65_HS1-834228961_62-HQ-83894_Section_8
Agency: FBI
Page 12
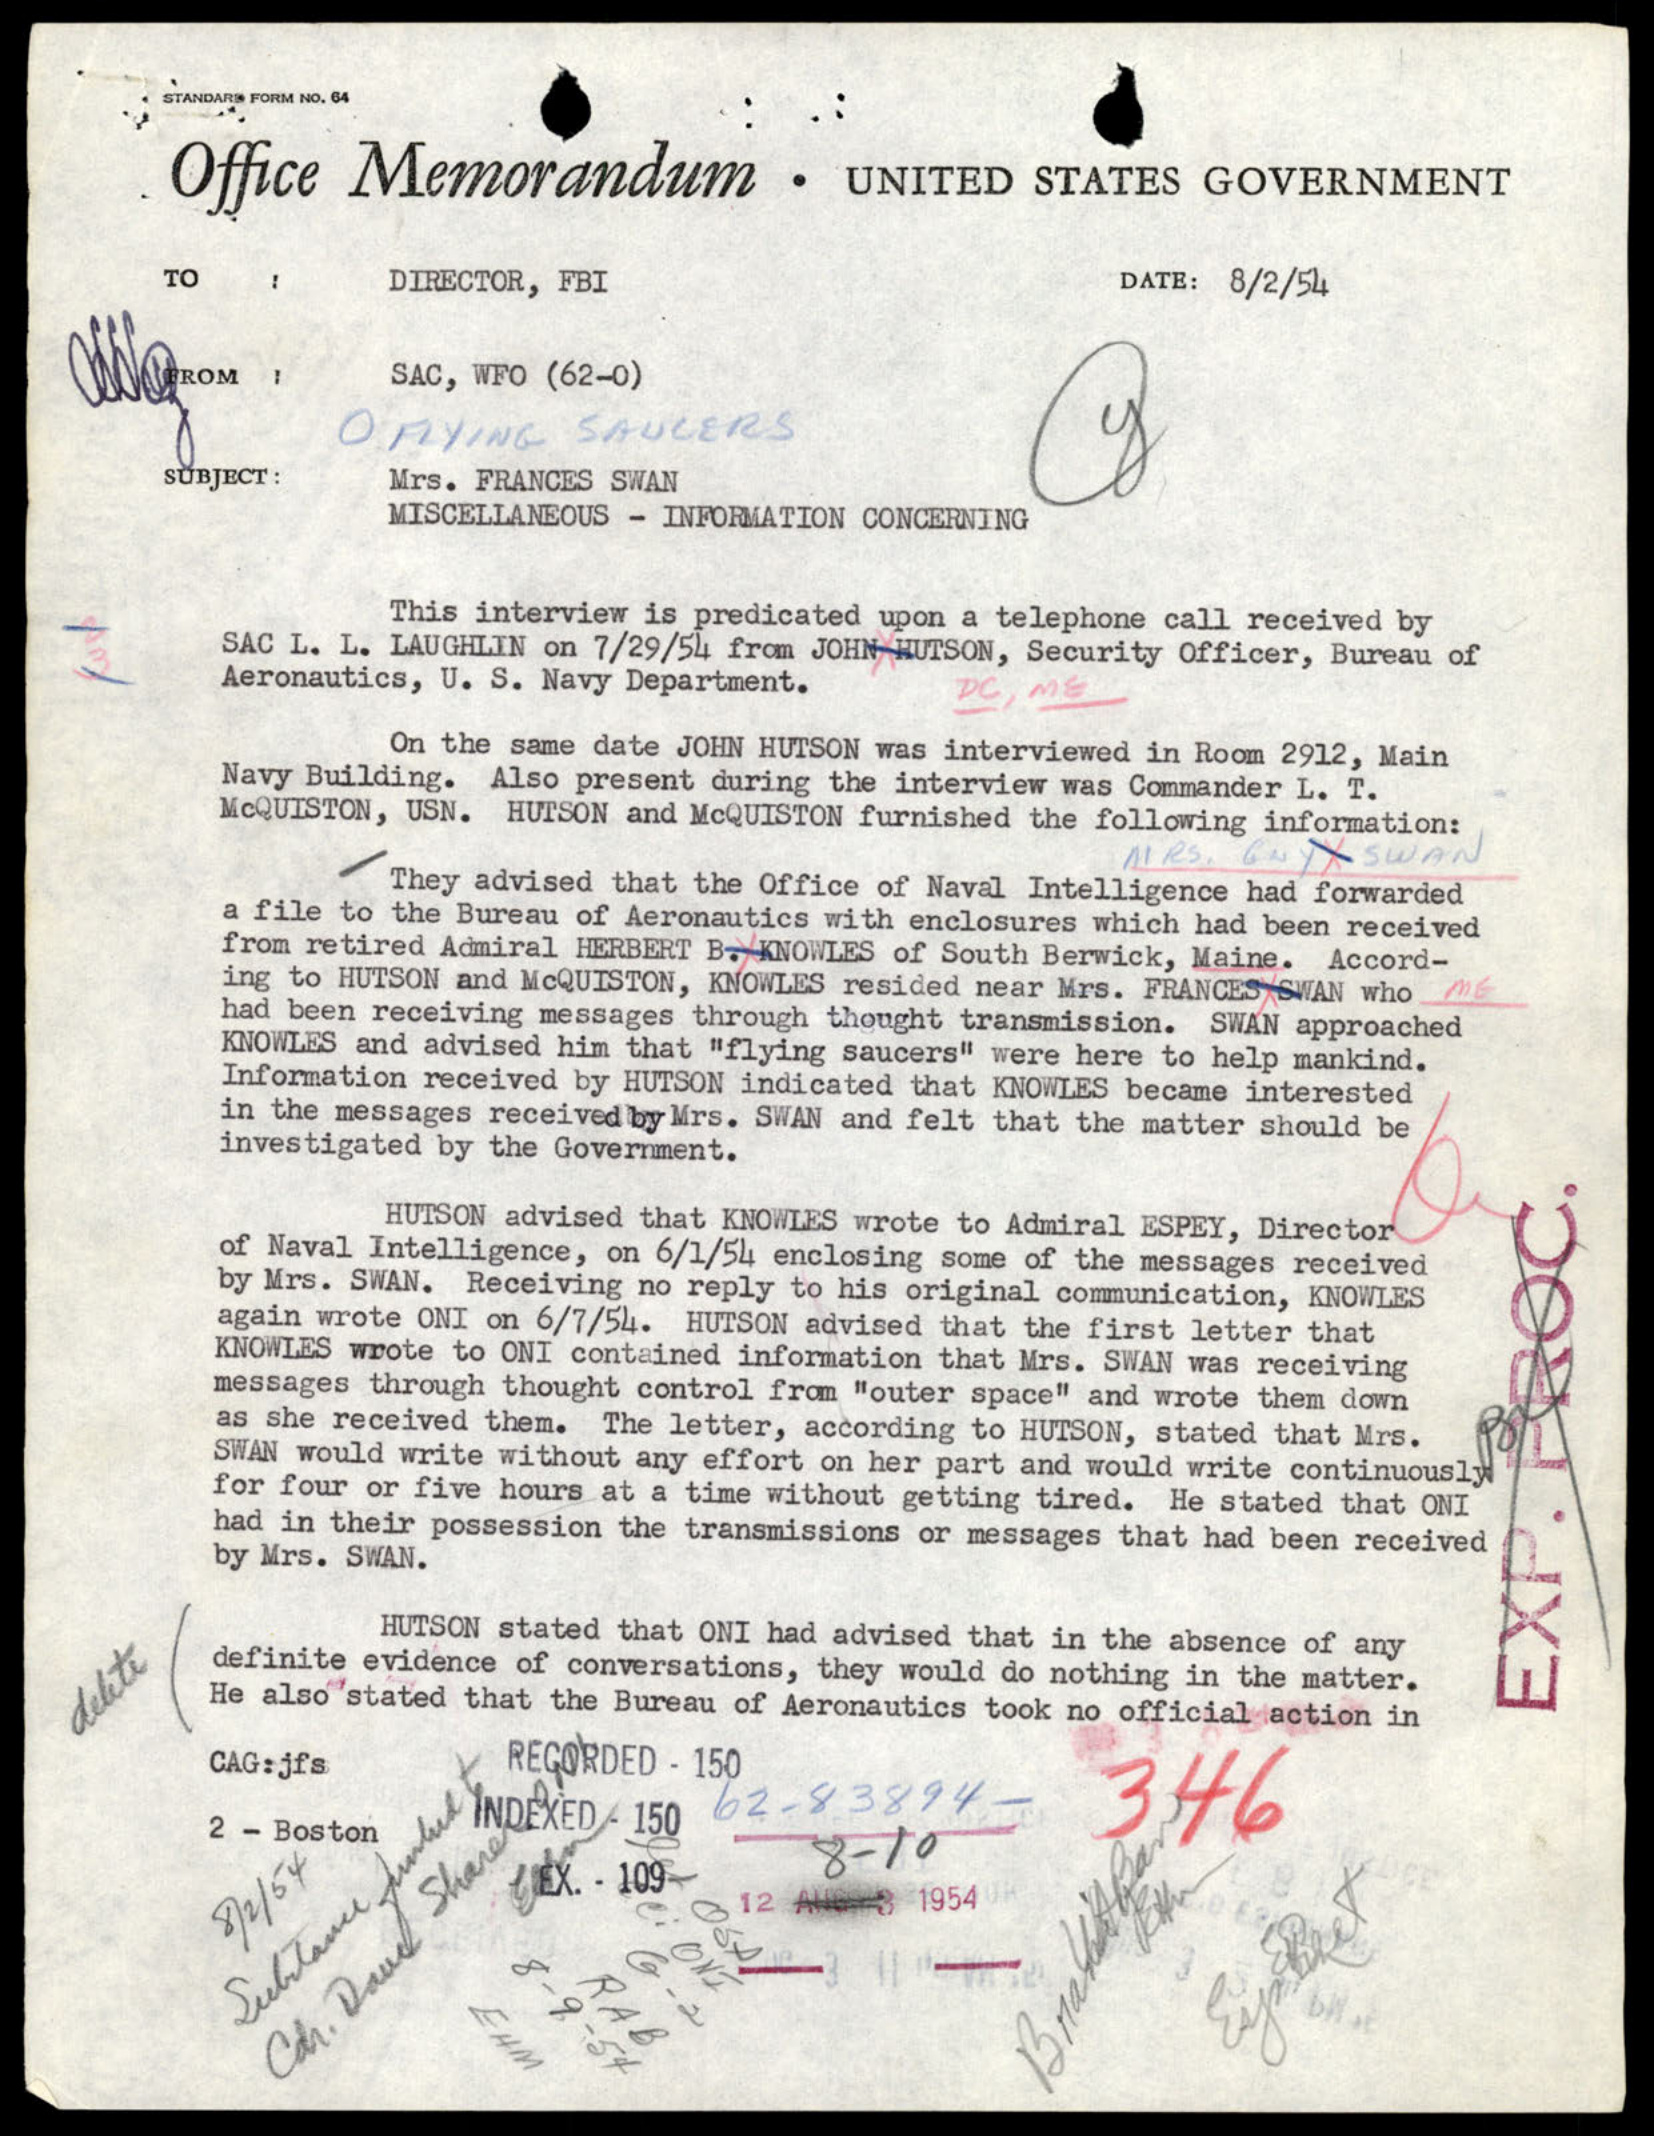